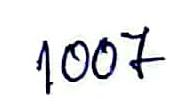
1007